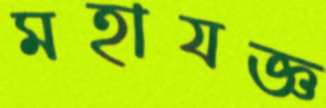
মহাযজ্ঞ